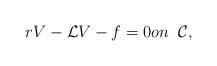
LaTeX: \begin{align*}rV-\mathcal{L}V-f=0on\;\; \mathcal{C},\end{align*}